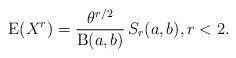
\begin{align*}\operatorname{E}(X^r)=\frac{\theta^{r/2}}{\operatorname{B}(a,b)}\,S_r(a,b),r<2.\end{align*}